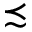
\precsim